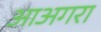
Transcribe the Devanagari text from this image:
आअगरा